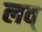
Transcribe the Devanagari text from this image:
लव्